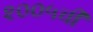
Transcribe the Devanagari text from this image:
२००५ची